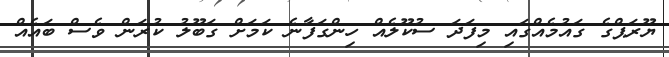
ޔޫރަޕްގެ ގައުމެއްގައި މިފަދަ ސުކޫލެއް ހިންގަފާނެ ކަމަށް ގަބޫލު ކުރަން ވެސް ބައެއް